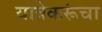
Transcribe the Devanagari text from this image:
यात्रेकरूंचा